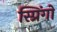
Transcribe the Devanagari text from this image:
स्प्रिंगों